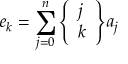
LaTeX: e _ { k } = \sum _ { j = 0 } ^ { n } { \left\{ \begin{array} { l } { j } \\ { k } \end{array} \right\} } a _ { j }